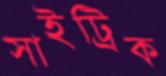
সাইট্রিক